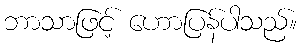
ဘာသာဖြင့် ဟောပြန်ပါသည်။